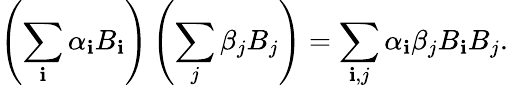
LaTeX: \left(\sum_{\mathbf{i}}\alpha_{\mathbf{i}}B_{\mathbf{i}}\right)\left(\sum_{j}\beta_{j}B_{j}\right)=\sum_{\mathbf{i},j}\alpha_{\mathbf{i}}\beta_{j}B_{\mathbf{i}}B_{j}.